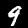
Label: 9